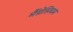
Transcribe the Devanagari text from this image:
मैंग्नेसियम